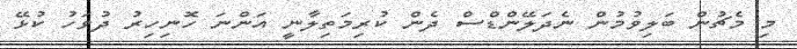
މި މެޗުން ބަލިވުމުން ނެދަލޭންޑްސް ދެން ކުރިމަތިލާނީ އަންނަ ހޮނިހިރު ދުވަހު ކުޅޭ